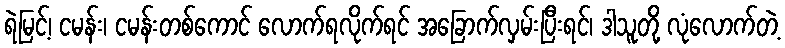
ရဲမြင့်၊ ငမန်း၊ ငမန်းတစ်ကောင် လောက်ရလိုက်ရင် အခြောက်လှမ်းပြီးရင်၊ ဒါသူတို့ လုံလောက်တဲ့